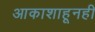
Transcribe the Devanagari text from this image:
आकाशाहूनही